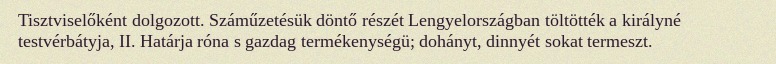
Tisztviselőként dolgozott. Száműzetésük döntő részét Lengyelországban töltötték a királyné testvérbátyja, II. Határja róna s gazdag termékenységü; dohányt, dinnyét sokat termeszt.